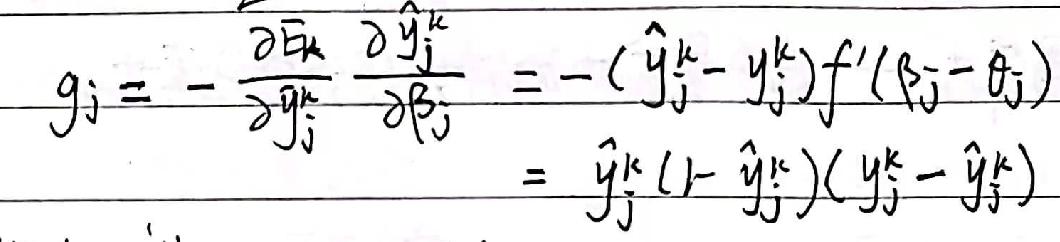
\[
g_{j}=-\frac{\partial E_{k}}{\partial \hat{y}_{j}^{k}} \frac{\partial \hat{y}_{j}^{k}}{\partial \beta_{j}}=-\left(\hat{y}_{j}^{k}-y_{j}^{k}\right) f^{\prime}\left(\beta_{j}-\theta_{j}\right)=\hat{y}_{j}^{k}\left(1 - \hat{y}_{j}^{k}\right)\left(y_{j}^{k}-\hat{y}_{j}^{k}\right)
\]